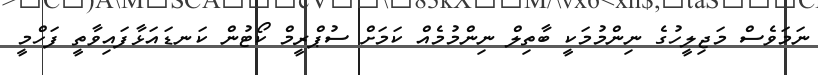
ނަމަވެސް މަޖިލީހުގެ ނިންމުމަކީ ބާތިލް ނިންމުމެއް ކަމަށް ސުޕްރީމް ކޯޓުން ކަނޑައަޅާފައިވާތީ ފަހްމީ